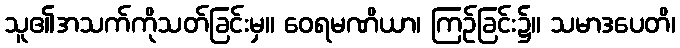
သူ၏အသက်ကိုသတ်ခြင်းမှ။ ဝေရမဏိယာ၊ ကြဉ်ခြင်း၌။ သမာဒပေတိ၊